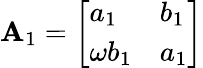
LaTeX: \mathbf{A}_{1}={\left[\begin{array}{ll}{a_{1}}&{b_{1}}\\ {\omega b_{1}}&{a_{1}}\end{array}\right]}